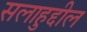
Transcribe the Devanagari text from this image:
सलाहुद्दील